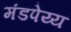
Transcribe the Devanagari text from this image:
मंडपेय्य